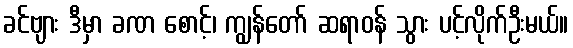
ခင်ဗျား ဒီမှာ ခဏ စောင့်၊ ကျွန်တော် ဆရာဝန် သွား ပင့်လိုက်ဦးမယ်။